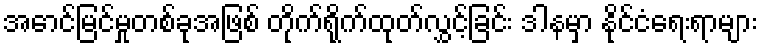
အောင်မြင်မှုတစ်ခုအဖြစ် တိုက်ရိုက်ထုတ်လွှင့်ခြင်း ဒါနမှာ နိုင်ငံရေးရာများ